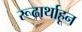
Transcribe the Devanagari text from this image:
रूढार्थाहून